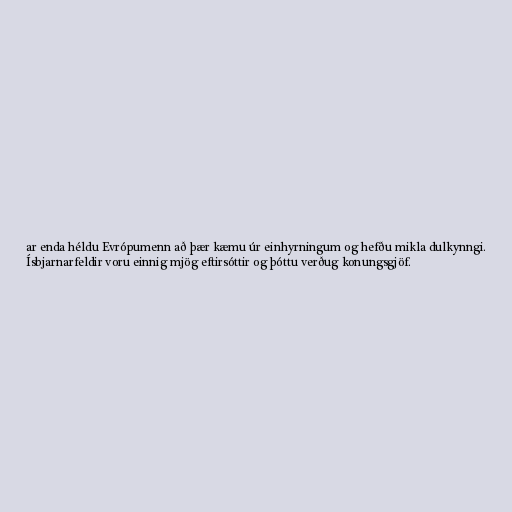
ar enda héldu Evrópumenn að þær kæmu úr einhyrningum og hefðu mikla dulkynngi.
Ísbjarnarfeldir voru einnig mjög eftirsóttir og þóttu verðug konungsgjöf.